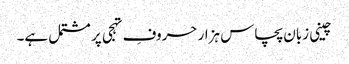
چینی زبان پچاس ہزار حروفِ تہجی پر مشتمل ہے۔